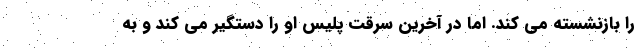
را بازنشسته می کند. اما در آخرین سرقت پلیس او را دستگیر می کند و به